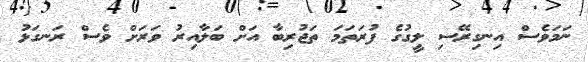
ނަމަވެސް އިނގިރޭސި ލީގުގެ ފުރަތަމަ ތަޖުރިބާ އަށް ބަލާއިރު ވަރަށް ވެސް ރަނގަޅު